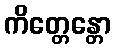
ကိတ္တေန္တော